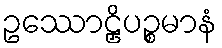
ဥဿောဠှိပဉ္စမာနံ